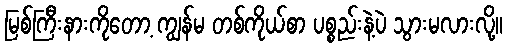
မြစ်ကြီးနားကိုတော့ ကျွန်မ တစ်ကိုယ်စာ ပစ္စည်းနဲ့ပဲ သွားမလားလို့။